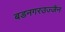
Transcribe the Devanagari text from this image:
बडनगरउज्जैन